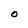
Character: O